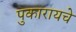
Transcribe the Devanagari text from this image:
पुकारायचे